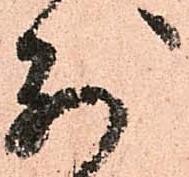
別